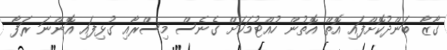
ގާޒާ ބަންދުކޮށްފައި އޮތް އޮތުން ހުއްޓުމަކަށް ގެނެސް މިސްރާއި ގުޅިފައި އޮންނަ ރަފާ